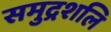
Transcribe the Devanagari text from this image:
समुद्रशलि